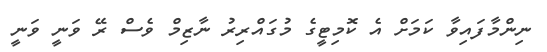
ނިންމާފައިވާ ކަމަށް އެ ކޮމިޓީގެ މުގައްރިރު ނާޒިމް ވެސް ރޭ ވަނީ ވަނީ